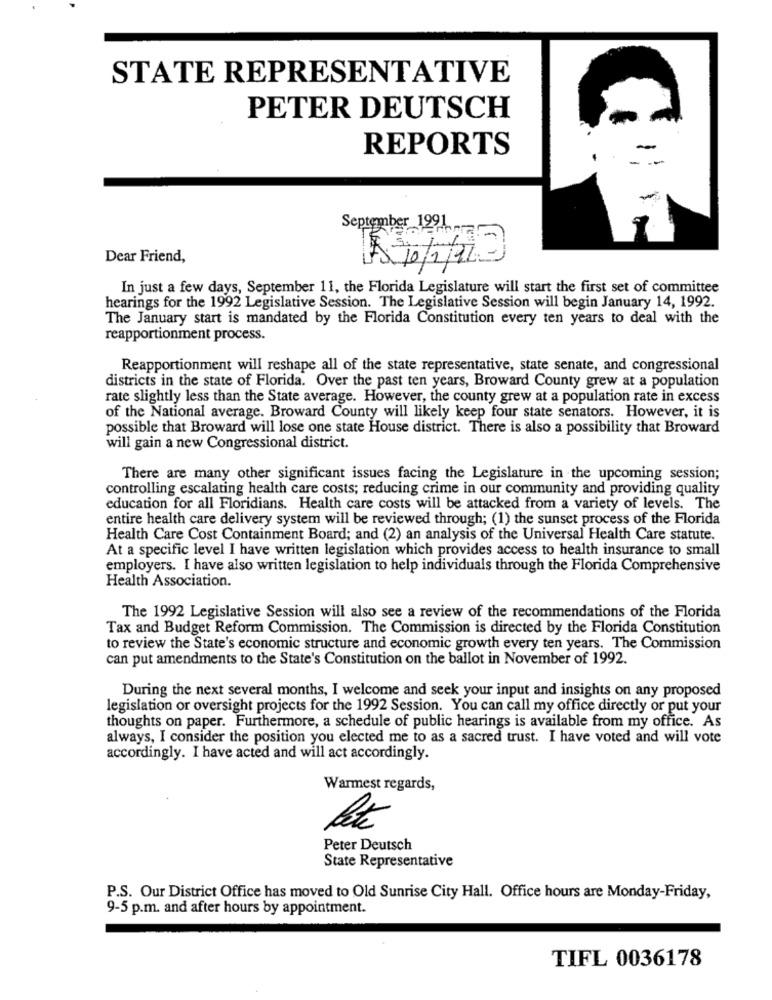
STATE REPRESENTATIVE
PETER DEUTSCH
REPORTS
September 1991
Dear Friend,
A10,2110
In just a few days, September 11, the Florida Legislature will start the first set of committee
hearings for the 1992 Legislative Session. The Legislative Session will begin January 14, 1992.
The January start is mandated by the Florida Constitution every ten years to deal with the
reapportionment process.
Reapportionment will reshape all of the state representative, state senate, and congressional
districts in the state of Florida. Over the past ten years, Broward County grew at a population
rate slightly less than the State average. However, the county grew at a population rate in excess
of the National average. Broward County will likely keep four state senators. However, it is
possible that Broward will lose one state House district. There is also a possibility that Broward
will gain a new Congressional district.
There are many other significant issues facing the Legislature in the upcoming session;
controlling escalating health care costs; reducing crime in our community and providing quality
education for all Floridians. Health care costs will be attacked from a variety of levels. The
entire health care delivery system will be reviewed through; (1) the sunset process of the Florida
Health Care Cost Containment Board; and (2) an analysis of the Universal Health Care statute.
At a specific level I have written legislation which provides access to health insurance to small
employers. I have also written legislation to help individuals through the Florida Comprehensive
Health Association.
The 1992 Legislative Session will also see a review of the recommendations of the Florida
Tax and Budget Reform Commission. The Commission is directed by the Florida Constitution
to review the State's economic structure and economic growth every ten years. The Commission
can put amendments to the State's Constitution on the ballot in November of 1992.
During the next several months, I welcome and seek your input and insights on any proposed
legislation or oversight projects for the 1992 Session. You can call my office directly or put your
thoughts on paper. Furthermore, a schedule of public hearings is available from my office. As
always, I consider the position you elected me to as a sacred trust. I have voted and will vote
accordingly. I have acted and will act accordingly.
Warmest regards,
Peter Deutsch
State Representative
P.S. Our District Office has moved to Old Sunrise City Hall. Office hours are Monday-Friday,
9-5 p.m. and after hours by appointment.
TIFL 0036178